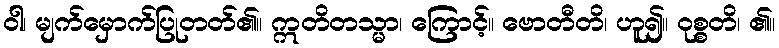
ဝါ၊ မျက်မှောက်ပြုတတ်၏။ ဣတိတသ္မာ၊ ကြောင့်။ ဗောတီတိ၊ ဟူ၍။ ဝုစ္စတိ၊ ၏။